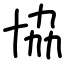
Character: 協